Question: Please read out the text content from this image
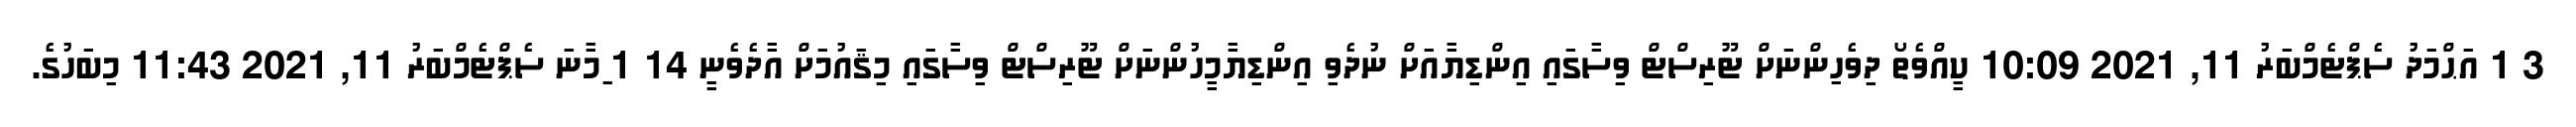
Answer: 3 1 އަޙްމަދު ސެޕްޓެމްބަރު 11, 2021 10:09 ކީއްވެތޯ ދިވެހިންނަށް ޓޫރިސްޓް ވިސާގައި އިންޑިޔާއަށް ނުދެވި އިންޑިޔާމީހުންނަށް ޓޫރިސްޓް ވިސާގައި މިޤައުމަށް އާދެވެނީ 14 1 ިމާނަ ސެޕްޓެމްބަރު 11, 2021 11:43 މިބަހުގެ.